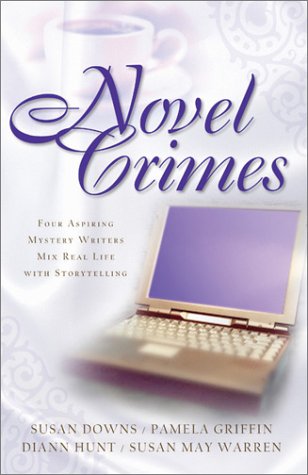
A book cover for Novel Crimes: Love's Pros and Cons/Suspect of My Heart/Love's Greatest Peril/'Til Death Do Us Part (Inspirational Romance Collection); Susan K. Downs; Religion & Spirituality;